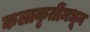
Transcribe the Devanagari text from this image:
कलाकृतींमधून